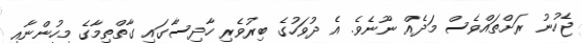
ޖެހުނު ރަށްތައްވެސް މަދެއް ނޫނެވެ. އެ ދުވަހުގެ ބިރުވެރި ހާދިސާގައި ގާތްތިމާގެ މީހުންނާއި